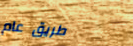
طريق عام